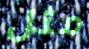
مثل